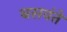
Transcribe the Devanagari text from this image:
बसवंते